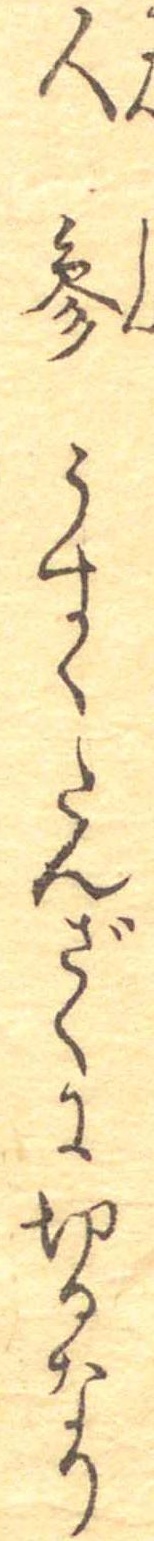
人参うすくたんざくに切るなり